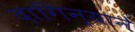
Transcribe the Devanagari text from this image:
दागिन्याने